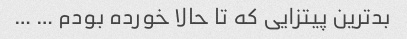
بدترین پیتزایی که تا حالا خورده بودم … …